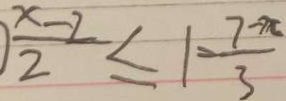
\frac { x - 2 } { 2 } \leq 1 = \frac { 7 - \pi } { 3 }